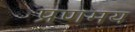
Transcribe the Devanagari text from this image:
प्रणमय